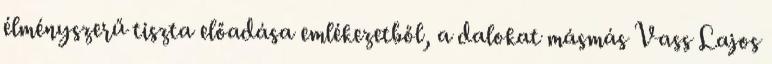
élményszerű tiszta előadása emlékezetből, a dalokat másmás Vass Lajos